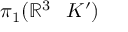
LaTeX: \pi _ { 1 } ( \mathbb { R } ^ { 3 } \setminus K ^ { \prime } )